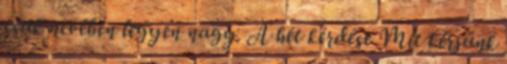
csak nevében legyen nagy. A hét kérdése Mit kérjünk